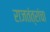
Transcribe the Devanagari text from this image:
राजतंत्रांचा